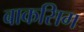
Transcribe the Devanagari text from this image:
बाकसिग